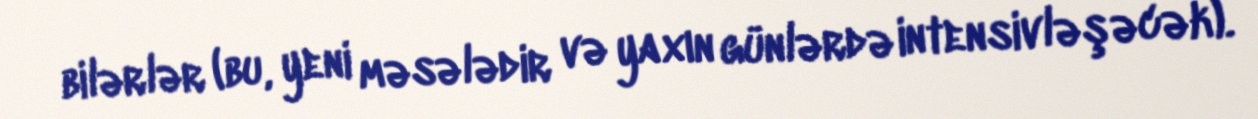
bilərlər (bu, yeni məsələdir və yaxın günlərdə intensivləşəcək).